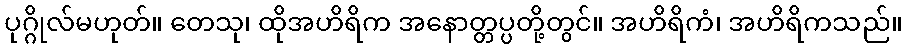
ပုဂ္ဂိုလ်မဟုတ်။ တေသု၊ ထိုအဟိရိက အနောတ္တပ္ပတို့တွင်။ အဟိရိကံ၊ အဟိရိကသည်။